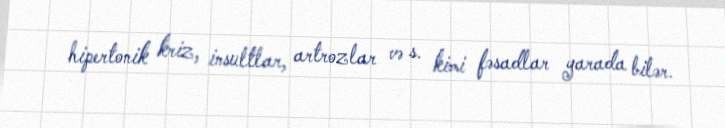
hipertonik kriz, insultlar, artrozlar və s. kimi fəsadlar yarada bilər.